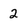
Character: 2